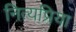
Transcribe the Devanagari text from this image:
नित्यप्रिया